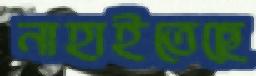
নাহাইতেছে